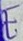
Text: E